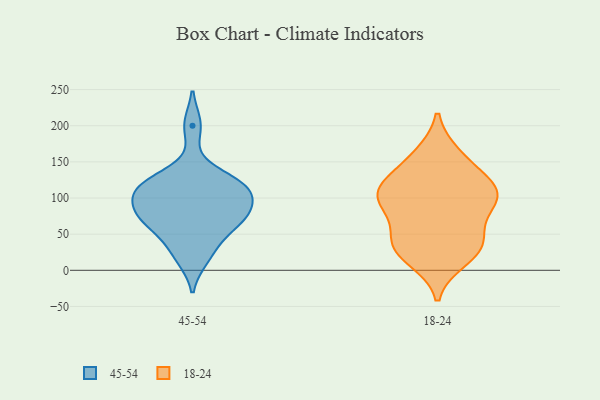
{"axis": {"x": "Demand Index", "y": "Value"}, "legend": ["18-24", "45-54"], "data": [{"x": "", "y": 31, "type": "45-54"}, {"x": "", "y": 124, "type": "45-54"}, {"x": "", "y": 93, "type": "45-54"}, {"x": "", "y": 112, "type": "45-54"}, {"x": "", "y": 78, "type": "45-54"}, {"x": "", "y": 65, "type": "45-54"}, {"x": "", "y": 200, "type": "45-54"}, {"x": "", "y": 110, "type": "45-54"}, {"x": "", "y": 123, "type": "45-54"}, {"x": "", "y": 88, "type": "45-54"}, {"x": "", "y": 67, "type": "45-54"}, {"x": "", "y": 117, "type": "45-54"}, {"x": "", "y": 66, "type": "45-54"}, {"x": "", "y": 17, "type": "45-54"}, {"x": "", "y": 34, "type": "18-24"}, {"x": "", "y": 45, "type": "18-24"}, {"x": "", "y": 16, "type": "18-24"}, {"x": "", "y": 106, "type": "18-24"}, {"x": "", "y": 82, "type": "18-24"}, {"x": "", "y": 31, "type": "18-24"}, {"x": "", "y": 159, "type": "18-24"}, {"x": "", "y": 109, "type": "18-24"}, {"x": "", "y": 93, "type": "18-24"}, {"x": "", "y": 115, "type": "18-24"}, {"x": "", "y": 98, "type": "18-24"}, {"x": "", "y": 119, "type": "18-24"}, {"x": "", "y": 35, "type": "18-24"}, {"x": "", "y": 152, "type": "18-24"}]}